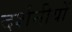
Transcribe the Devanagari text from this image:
दर्शनीयों